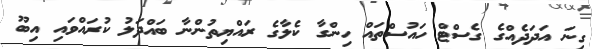
ގިނަ އަދަދެއްގެ ގެސްޓް ހައުސްތައް ހިންގާ ކެލާގެ ރައްޔިތުންނާ ބައްދަލު ކުރައްވައި އިބޫ